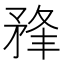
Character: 𥍮